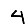
Digit: 4